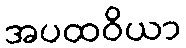
အပထဝိယာ